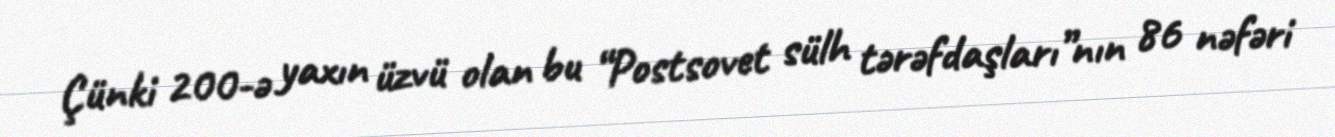
Çünki 200-ə yaxın üzvü olan bu “Postsovet sülh tərəfdaşları”nın 86 nəfəri